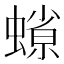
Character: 𧐑